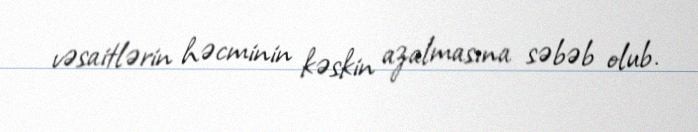
vəsaitlərin həcminin kəskin azalmasına səbəb olub.